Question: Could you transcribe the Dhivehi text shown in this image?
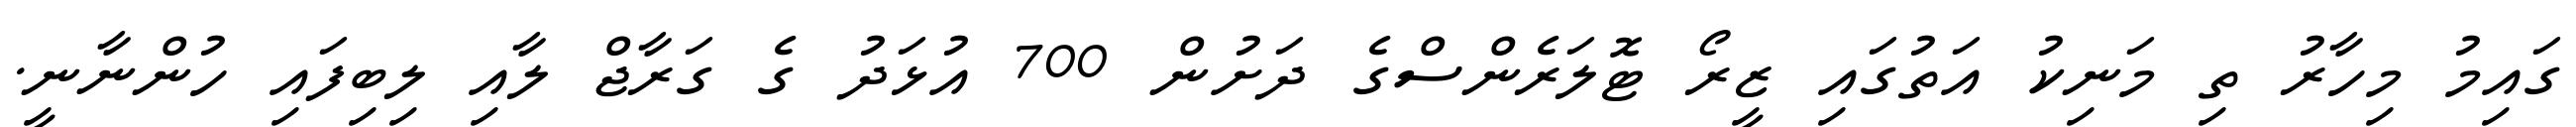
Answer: ގައިމު މިހާރު ތި މަނިކު އަތުގައި ޒީރޯ ޓޮލަރެންސްގެ ދަށުން 700 އުޅަދު ގެ ގަރާޖް ލާއި ލިބިފައި ހުންނާނީ.